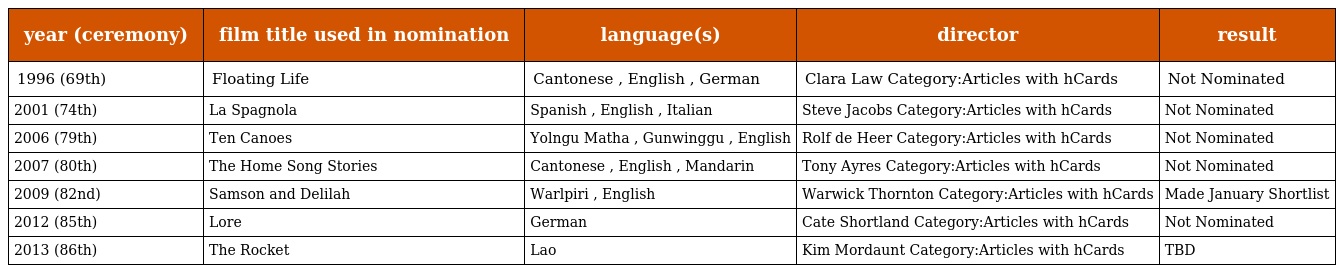
| year (ceremony) | film title used in nomination | language(s) | director | result |
 | --- | --- | --- | --- | --- |
 | 1996 (69th) | Floating Life | Cantonese , English , German | Clara Law Category:Articles with hCards | Not Nominated |
 | 2001 (74th) | La Spagnola | Spanish , English , Italian | Steve Jacobs Category:Articles with hCards | Not Nominated |
 | 2006 (79th) | Ten Canoes | Yolngu Matha , Gunwinggu , English | Rolf de Heer Category:Articles with hCards | Not Nominated |
 | 2007 (80th) | The Home Song Stories | Cantonese , English , Mandarin | Tony Ayres Category:Articles with hCards | Not Nominated |
 | 2009 (82nd) | Samson and Delilah | Warlpiri , English | Warwick Thornton Category:Articles with hCards | Made January Shortlist |
 | 2012 (85th) | Lore | German | Cate Shortland Category:Articles with hCards | Not Nominated |
 | 2013 (86th) | The Rocket | Lao | Kim Mordaunt Category:Articles with hCards | TBD |